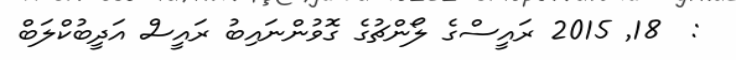
:  18